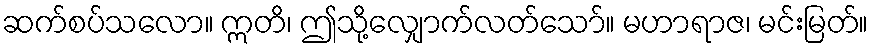
ဆက်စပ်သလော။ ဣတိ၊ ဤသို့လျှောက်လတ်သော်။ မဟာရာဇ၊ မင်းမြတ်။